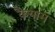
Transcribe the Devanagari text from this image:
क़ैयाम